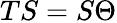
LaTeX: TS=S\Theta